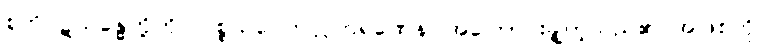
စုတိပဋိသန္ဓေတို့ကို။ ပစ္စယဝေကလ္လကရဏေန၊ အကြောင်းချို့တဲ့သည်၏ အဖြစ်ကို